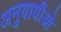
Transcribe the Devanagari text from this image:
अनुयायीओ